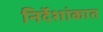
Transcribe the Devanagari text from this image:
निर्देशांकात